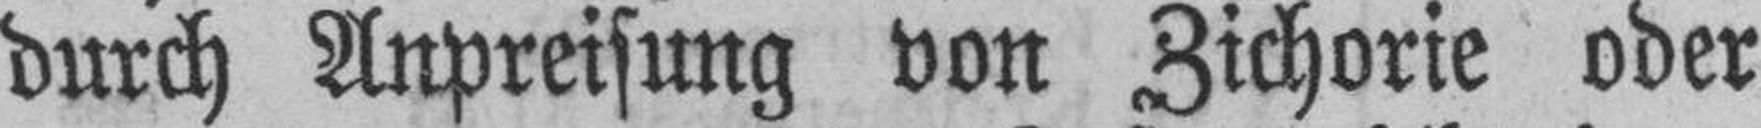
durch Anpreisung von Zichorie oder